Lunatic asylums in Bengal annual reports 1912-1924 - 1912-1924
Year: 1912
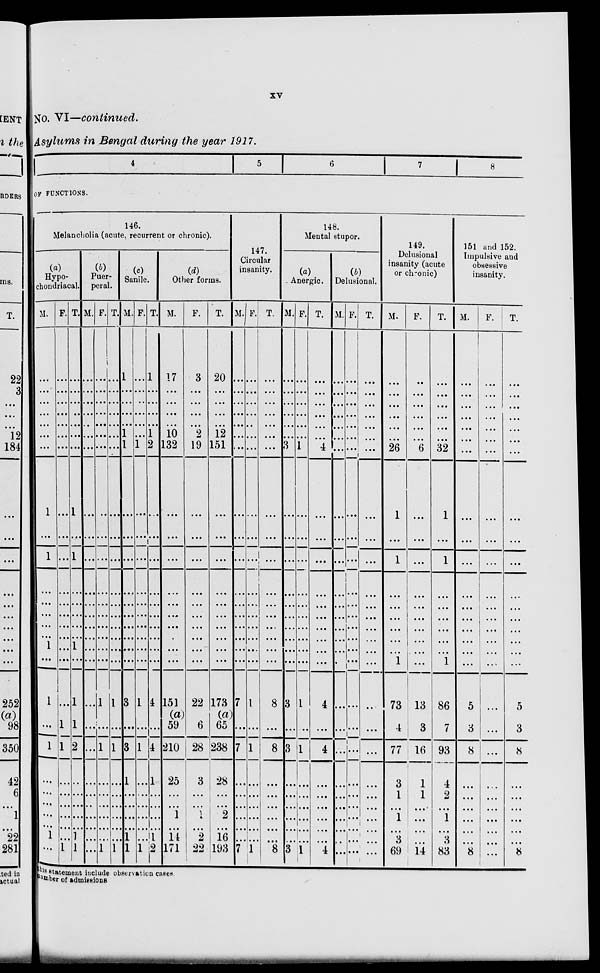
xv
No. VI—continued.
Asylums in Bengal during the year 1917.
4
5
6
7
8
OF FUNCTIONS.
146.
Melancholia (acute, recurrent or chronic).
(a)
Hypo-
chondriacal.
M.
...
...
...
...
...
...
...
1
...
1
...
...
...
...
...
1
...
1
...
1
...
...
...
...
...
1
...
F.
...
...
...
...
...
...
...
...
...
...
...
...
...
...
...
...
...
...
1
1
1
...
...
...
...
...
1
T.
...
...
...
...
...
...
...
1
...
1
...
...
...
...
...
1
...
1
1
2
1
...
...
...
...
1
1
(b)
Puer-
peral.
M.
...
...
...
...
...
...
...
...
...
...
...
...
...
...
...
...
...
...
...
...
...
...
...
...
...
...
...
F.
...
...
...
...
...
...
...
...
...
...
...
...
...
...
...
...
...
1
...
1
...
...
...
...
...
...
1
T.
...
...
...
...
...
...
...
...
...
...
...
...
...
...
...
...
...
1
...
1
...
...
...
...
...
...
1
(c)
Sanile.
M.
1
...
...
...
...
1
1
...
...
...
...
...
...
...
...
...
...
3
...
3
1
...
...
...
...
1
1
F.
...
...
...
...
...
...
1
...
...
...
...
...
...
...
...
...
...
1
...
1
...
...
...
...
...
...
1
T.
1
...
...
...
...
1
2
...
...
...
...
...
...
...
...
...
...
4
...
4
1
...
...
...
...
1
2
(d)
Other forms.
M.
17
...
...
...
...
10
132
...
...
...
...
...
...
...
...
...
...
151
(a)
59
210
25
...
...
1
...
14
171
F.
3
...
...
...
...
2
19
...
...
...
...
...
...
...
...
...
...
22
6
28
3
...
...
1
...
2
22
T.
20
...
...
...
...
12
151
...
...
...
...
...
...
...
...
...
...
173
(a)
65
238
28
...
...
2
...
16
193
147.
Circular
insanity.
M.
...
...
...
...
...
...
...
...
...
...
...
...
...
...
...
...
...
7
...
7
...
...
...
...
...
...
7
F.
...
...
...
...
...
...
...
...
...
...
...
...
...
...
...
...
...
1
...
1
...
...
...
...
...
...
1
T.
...
...
...
...
...
...
...
...
...
...
...
...
...
...
...
...
...
8
...
8
...
...
...
...
...
...
8
148.
Mental stupor.
(a)
Anergic.
M.
...
...
...
...
...
...
3
...
...
...
...
...
...
...
...
...
...
3
...
3
...
...
...
...
...
...
3
F.
...
...
...
...
...
...
1
...
...
...
...
...
...
...
...
...
...
1
...
1
...
...
...
...
...
...
1
T.
...
...
...
...
...
...
4
...
...
...
...
...
...
...
...
...
...
4
...
4
...
...
...
...
...
...
4
(b)
Delusional.
M.
...
...
...
...
...
...
...
...
...
...
...
...
...
...
...
...
...
...
...
...
...
...
...
...
...
...
...
F.
...
...
...
...
...
...
...
...
...
...
...
...
...
...
...
...
...
...
...
...
...
...
...
...
...
...
...
T.
...
...
...
...
...
...
...
...
...
...
...
...
...
...
...
...
...
...
...
...
...
...
...
...
...
...
...
149.
Delusional
insanity (acute
or chronic)
M.
...
...
...
...
...
...
26
1
...
1
...
...
...
...
...
...
1
73
4
77
3
1
...
1
...
3
69
F.
...
...
...
...
...
...
6
...
...
...
...
...
...
...
...
...
...
13
3
16
1
1
...
...
...
...
14
T.
...
...
...
...
...
...
32
1
...
1
...
...
...
...
...
...
1
86
7
93
4
2
...
1
...
3
83
151 and 152.
Impulsive and
obsessive
insanity.
M.
...
...
...
...
...
...
...
...
...
...
...
...
...
...
...
...
...
5
3
8
...
...
...
...
...
...
8
F.
...
...
...
...
...
...
...
...
...
...
...
...
...
...
...
...
...
...
...
...
...
...
...
...
...
...
...
T.
...
...
...
...
...
...
...
...
...
...
...
...
...
...
...
...
...
5
3
8
...
...
...
...
...
...
8
this statement include observation cases.
number of admissions